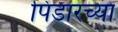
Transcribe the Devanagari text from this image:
पिंडारच्या